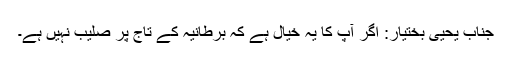
جناب یحییٰ بختیار: اگر آپ کا یہ خیال ہے کہ برطانیہ کے تاج پر صلیب نہیں ہے۔